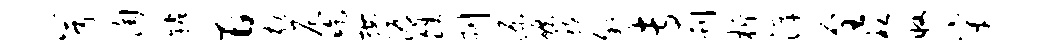
兮淘粘旨劾尼吃按溽皓刷源碾稼叙专刊柝滓全袒收穿